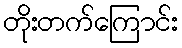
တိုးတက်ကြောင်း